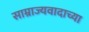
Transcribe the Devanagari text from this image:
साम्राज्यवादाच्या